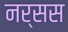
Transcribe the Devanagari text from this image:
नर्सस